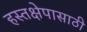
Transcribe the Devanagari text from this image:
हस्तक्षेपासाठी